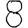
Digit: 8